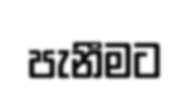
පැනීමට